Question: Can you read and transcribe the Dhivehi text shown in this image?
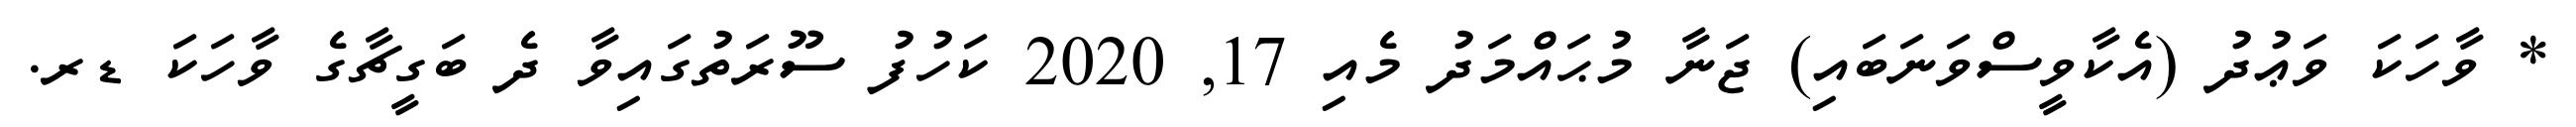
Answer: * ވާހަކަ ވަޢުދު (އެކާވީސްވަނަބައި) ޖަނާ މުޙައްމަދު މެއި 17, 2020 ކަހުފު ސޫރަތުގައިވާ ދެ ބަގީޗާގެ ވާހަކަ ޑރ.